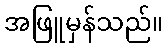
အဖြူမှန်သည်။